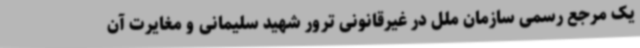
یک ‌مرجع رسمی سازمان ملل در غیرقانونی ترور شهید سلیمانی و مغایرت آن